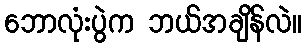
ဘောလုံးပွဲက ဘယ်အချိန်လဲ။